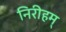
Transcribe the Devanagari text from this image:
निरीहम्